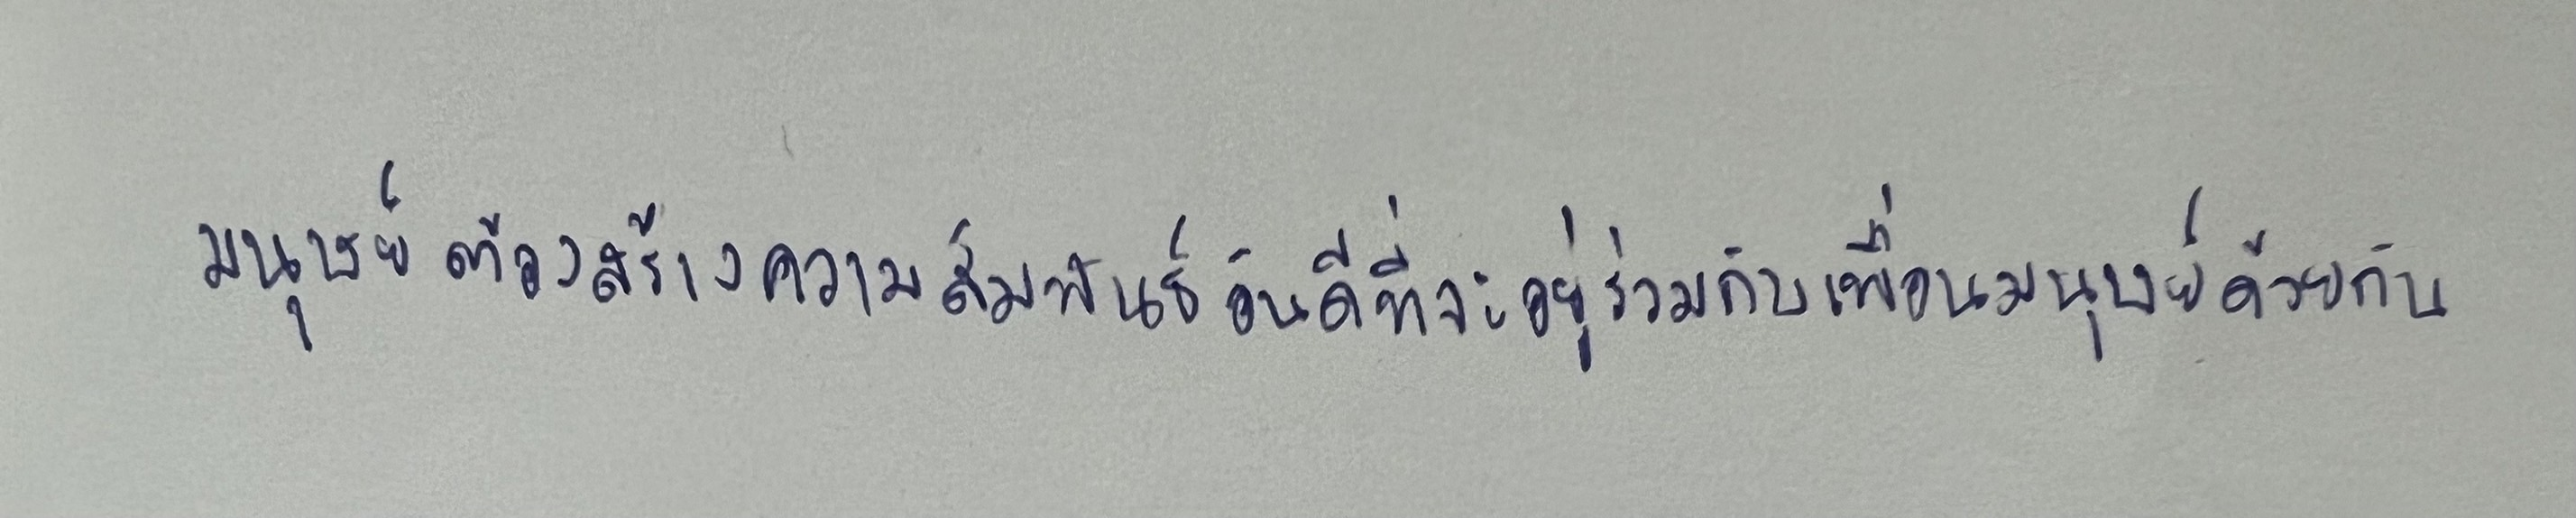
มนุษย์ต้องสร้างความสัมพันธ์อันดีที่จะอยู่ร่วมกับเพื่อนมนุษย์ด้วยกัน